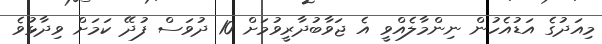
މިއަދުގެ އަޑުއެހުން ނިންމާލެއްވީ އެ ޖަވާބުދާރީވުމަށް 10 ދުވަސް ފުދޭ ކަމަށް ވިދާޅުވެ